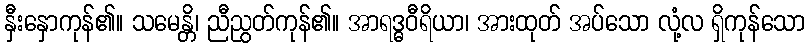
နှီးနှောကုန်၏။ သမေန္တိ၊ ညီညွတ်ကုန်၏။ အာရဒ္ဓဝီရိယာ၊ အားထုတ် အပ်သော လုံ့လ ရှိကုန်သော